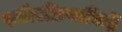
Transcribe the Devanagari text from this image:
शरीरक्रियाविदों